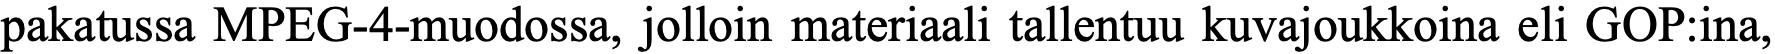
pakatussa MPEG-4-muodossa, jolloin materiaali tallentuu kuvajoukkoina eli GOP:ina,